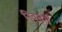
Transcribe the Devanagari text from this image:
निवर्तते